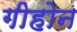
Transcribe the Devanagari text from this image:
गीहोन